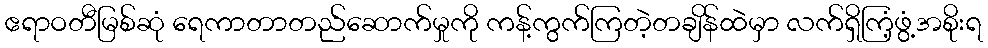
ဧရာဝတီမြစ်ဆုံ ရေကာတာတည်ဆောက်မှုကို ကန့်ကွက်ကြတဲ့တချိန်ထဲမှာ လက်ရှိကြံ့ဖွံ့အစိုးရ